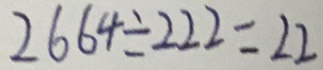
2 6 6 4 \div 2 2 2 = 2 2